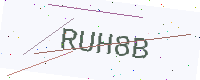
Text: RUH8B